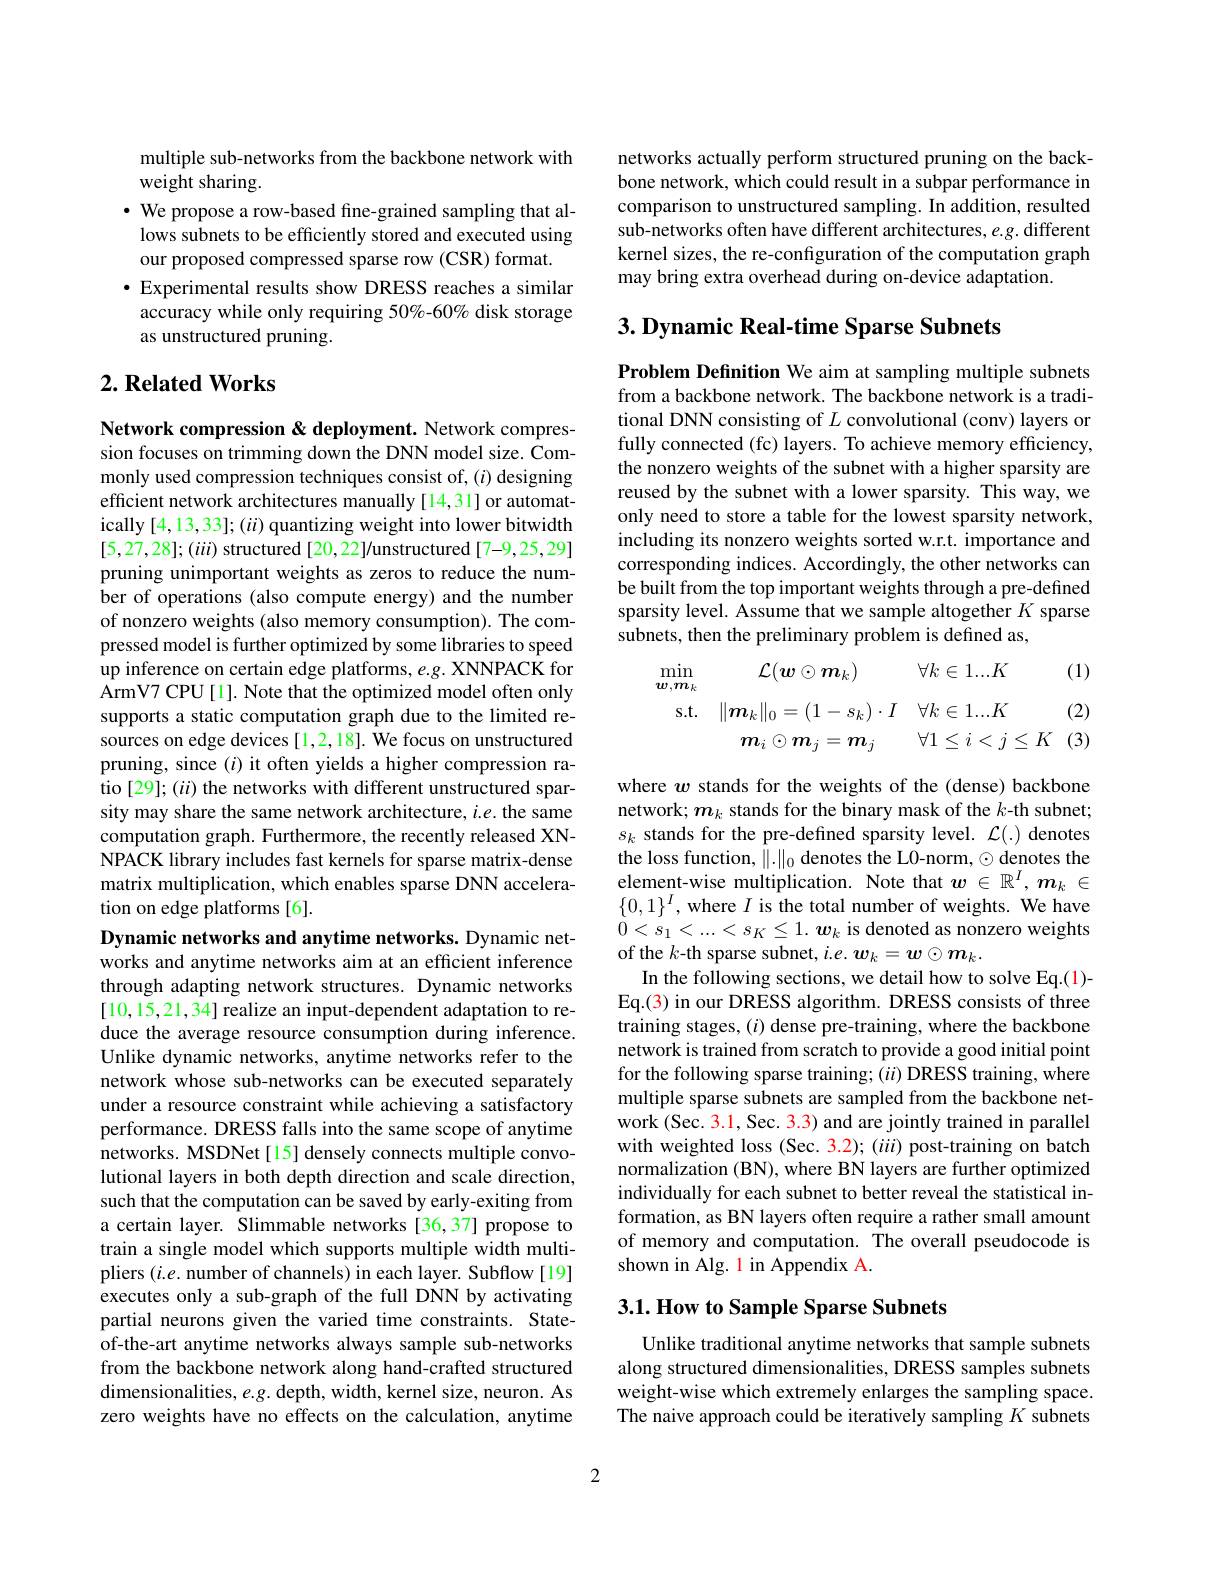
multiple sub-networks from the backbone network with
weight sharing.
$\cdot$ We propose a row-based fine-grained sampling that al-
lows subnets to be efficiently stored and executed using
our proposed compressed sparse row (CSR) format.
$\bullet$ Experimental results show DRESS reaches a similar accuracy while only requiring 50%-60% disk storage as unstructured pruning.

## $2. \textbf{Related Works}$

Network compression & deployment. Network compression focuses on trimming down the DNN model size. Commonly used compression techniques consist of, ($i$) designing efficient network architectures manually [14,31] or automatically $[4,13,33];(ii)$ quantizing weight into lower bitwidth $[5,27,28];(i\ddot{u})$ structured [20,22]/unstructured [7-9,25,29] pruning unimportant weights as zeros to reduce the number of operations (also compute energy) and the number of nonzero weights (also memory consumption). The compressed model is further optimized by some libraries to speed up inference on certain edge platforms, e.g. XNNPACK for ArmV7 CPU [1]. Note that the optimized model often only supports a static computation graph due to the limited resources on edge devices [1,2,18]. We focus on unstructured pruning, since $(i)$ it often yields a higher compression ratio [29]; (ii) the networks with different unstructured sparsity may share the same network architecture, $i.e.$ the same computation graph. Furthermore, the recently released XNNPACK library includes fast kernels for sparse matrix-dense matrix multiplication, which enables sparse DNN acceleration on edge platforms[6].
Dynamic networks and anytime networks. Dynamic net-

works and anytime networks aim at an efficient inference through adapting network structures. Dynamic networks [10,15,21,34] realize an input-dependent adaptation to reduce the average resource consumption during inference. Unlike dynamic networks, anytime networks refer to the network whose sub-networks can be executed separately under a resource constraint while achieving a satisfactory performance. DRESS falls into the same scope of anytime networks. MSDNet[15] densely connects multiple convolutional layers in both depth direction and scale direction, such that the computation can be saved by early-exiting from a certain layer. Slimmable networks [36,37] propose to train a single model which supports multiple width multipliers $(i.e.$ number of channels) in each layer. Subflow[19] executes only a sub-graph of the full DNN by activating partial neurons given the varied time constraints. Stateof-the-art anytime networks always sample sub-networks from the backbone network along hand-crafted structured dimensionalities, $e.g.$ depth, width, kernel size, neuron. As zero weights have no effects on the calculation, anytime

networks actually perform structured pruning on the backbone network, which could result in a subpar performance in comparison to unstructured sampling. In addition, resulted sub-networks often have different architectures, e.g. different kernel sizes, the re-configuration of the computation graph may bring extra overhead during on-device adaptation.

## $3. \textbf{Dynamic Real- time Sparse Subnets}$

Problem Definition We aim at sampling multiple subnets from a backbone network. The backbone network is a traditional DNN consisting of $L$ convolutional (conv) layers or fully connected (fc) layers. To achieve memory efficiency, the nonzero weights of the subnet with a higher sparsity are reused by the subnet with a lower sparsity. This way, we only need to store a table for the lowest sparsity network, including its nonzero weights sorted w.r.t. importance and corresponding indices. Accordingly, the other networks can be built from the top important weights through a pre-defined sparsity level. Assume that we sample altogether $K$ sparse subnets, then the preliminary problem is defined as,
$$\begin{aligned}\min_{\boldsymbol{w},\boldsymbol{m}_{k}}&\mathcal{L}(\boldsymbol{w}\odot\boldsymbol{m}_{k})&\forall k\in1...K&&\text{(1)}\\\mathrm{s.t.}&\|\boldsymbol{m}_{k}\|_{0}=(1-s_{k})\cdot I&\forall k\in1...K&&\text{(2)}\\&\boldsymbol{m}_{i}\odot\boldsymbol{m}_{j}=\boldsymbol{m}_{j}&&\forall1\leq i<j\leq K&&\text{(3)}\end{aligned}$$
where $w$ stands for the weights of the (dense) backbone network; $m_k$ stands for the binary mask of the $k$-th subnet; $s_k$ stands for the pre-defined sparsity level. $\mathcal{L}(.)$ denotes the loss function, $\|.\|_0$ denotes the L0-norm, $\odot$ denotes the element-wise multiplication. Note that $w\in\mathbb{R}^I,\boldsymbol{m}_k\in$ $\{0,1\}^I$,where $I$ is the total number of weights. We have $0<s_1<...<s_K\leq1.\boldsymbol{w}_k$ is denoted as nonzero weights of the $k$-th sparse subnet, $i.e.\boldsymbol w_k=\boldsymbol{w}\odot\boldsymbol{m}_k.$
In the following sections, we detail how to solve Eq.(1)- Eq.(3) in our DRESS algorithm. DRESS consists of three training stages, ($i)$ dense pre-training, where the backbone network is trained from scratch to provide a good initial point for the following sparse training; ($ii)$ DRESS training, where multiple sparse subnets are sampled from the backbone network (Sec. 3.1, Sec. 3.3) and are jointly trained in parallel with weighted loss (Sec. 3.2); (iii) post-training on batch normalization (BN), where BN layers are further optimized individually for each subnet to better reveal the statistical information, as BN layers often require a rather small amount of memory and computation. The overall pseudocode is shown in Alg. 1 in Appendix A.

## 3.1. How to Sample Sparse Subnets

Unlike traditional anytime networks that sample subnets along structured dimensionalities, DRESS samples subnets weight-wise which extremely enlarges the sampling space. The naive approach could be iteratively sampling $K$ subnets

2